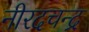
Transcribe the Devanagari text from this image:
नीरदचन्द्र